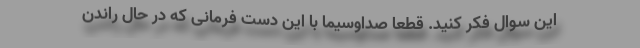
این سوال فکر کنید. قطعا صداوسیما با این دست فرمانی که در حال راندن